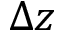
\Delta z